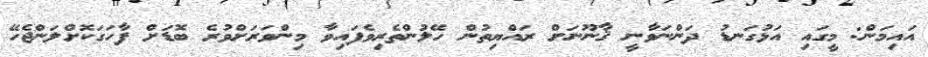
އައިމަން: މީގައި އަޅުގަނޑު ދަންނަވާނީ ޤާނޫނަށް ރައްޔިތުން ހޭލުންތެރިވެފައިވާ މިންވަރަށްވުރެ ބޮޑަށް ފާހަގަކޮށްލަންޖެހޭ